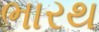
ભારથ